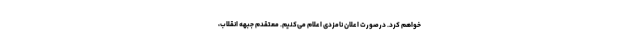
خواهم کرد. درصورت اعلان نامزدی اعلام می‌کنیم. معتقدم جبهه انقلاب،